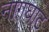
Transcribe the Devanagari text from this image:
नागघाट